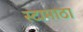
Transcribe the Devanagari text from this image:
स्टामाठा